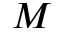
M